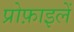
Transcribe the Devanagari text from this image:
प्रोफ़ाइलें